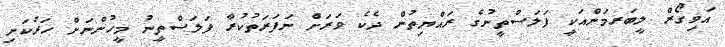
އަވިގޯރް ލީބަރމަންއަކީ ފަލަސްތީނުގެ ރައްޔިތުން ދެކެ ވަރަށް ނަފަރަތުކުރާ ފަލަސްތީނު މީހުންނަށް ހަރުކަށި